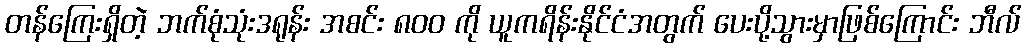
တန်ကြေးရှိတဲ့ ဘက်စုံသုံးဒရုန်း အစင်း ၈၀၀ ကို ယူကရိန်းနိုင်ငံအတွက် ပေးပို့သွားမှာဖြစ်ကြောင်း ဘီလ်